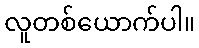
လူတစ်ယောက်ပါ။